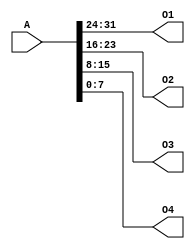
module splitter(
    input [31:0] A,
    output [7:0] O1,
    output [7:0] O2,
    output [7:0] O3,
    output [7:0] O4
);
    assign O1 = A[31:24];
    assign O2 = A[23:16];
    assign O3 = A[15:8];
    assign O4 = A[7:0];
endmodule //splitter